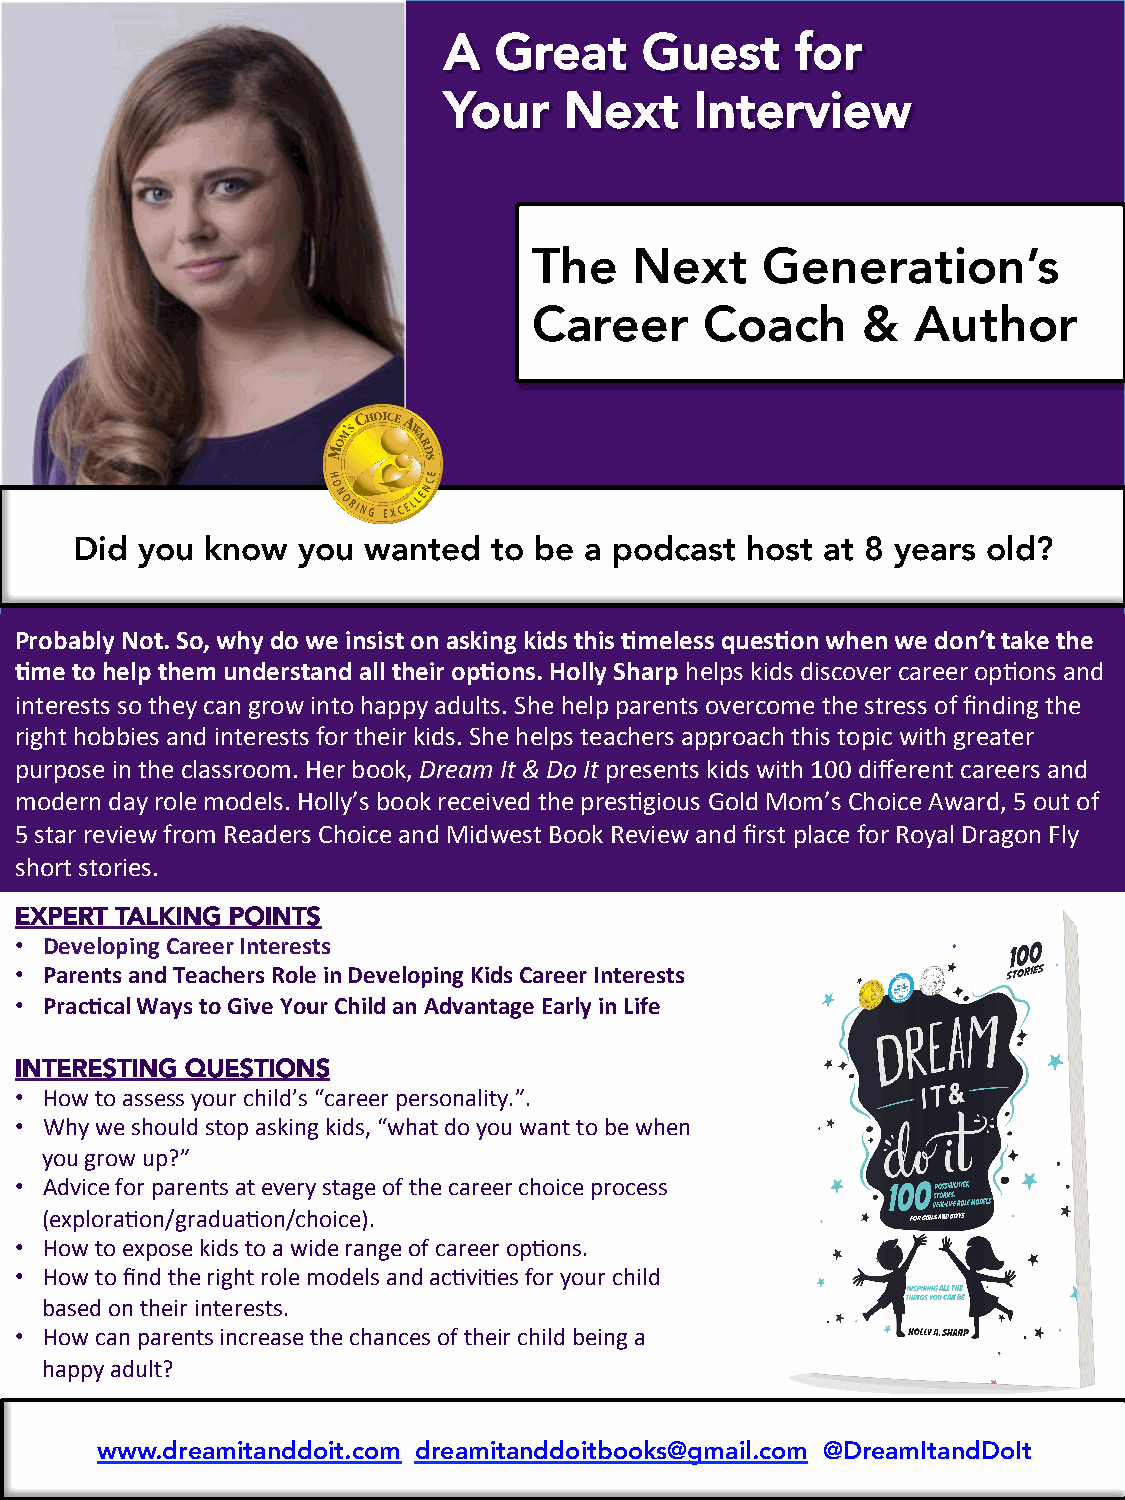
A   Great    Guest      for
 Your    Next     Interview
 The    Next     Generation’s
 Career      Coach     &   Author
 Did you  know  you wanted   to be a podcast host  at 8 years old?
 Probably Not. So, why do we insist on asking kids this 7meless ques7on when we don’t take the
 7me to help them understand all their op7ons. Holly Sharp helps kids discover career op/ons and
 interests so they can grow into happy adults. She help parents overcome the stress of finding the
 right hobbies and interests for their kids. She helps teachers approach this topic with greater
 purpose in the classroom. Her book, Dream It & Do It presents kids with 100 different careers and
 modern day role models. Holly’s book received the pres/gious Gold Mom’s Choice Award, 5 out of
 5 star review from Readers Choice and Midwest Book Review and first place for Royal Dragon Fly
 short stories.
 EXPERT TALKING POINTS
 • Developing Career Interests
 • Parents and Teachers Role in Developing Kids Career Interests
 • Prac7cal Ways to Give Your Child an Advantage Early in Life
 INTERESTING QUESTIONS
 • How to assess your child’s “career personality.”.
 • Why we should stop asking kids, “what do you want to be when
 you grow up?”
 • Advice for parents at every stage of the career choice process
 (explora/on/gradua/on/choice).
 • How to expose kids to a wide range of career op/ons.
 • How to find the right role models and ac/vi/es for your child
 based on their interests.
 • How can parents increase the chances of their child being a
 happy adult?
 www.dreamitanddoit.com dreamitanddoitbooks@gmail.com @DreamItandDoIt